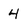
Character: 4